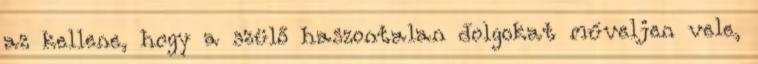
az kellene, hogy a szülő haszontalan dolgokat műveljen vele,